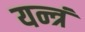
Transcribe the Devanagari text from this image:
यन्त्रं